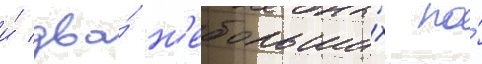
и́ два́ н'ебольши́х по́